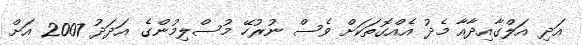
އަދި އަލްގާއިދާއާ މެދު އެއްގޮތަކަށް ވެސް ނުރުހޭ މުސްލިމުންގެ އަދަދު 2007 އަށް